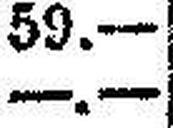
—.—